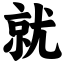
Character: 就